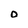
Character: O